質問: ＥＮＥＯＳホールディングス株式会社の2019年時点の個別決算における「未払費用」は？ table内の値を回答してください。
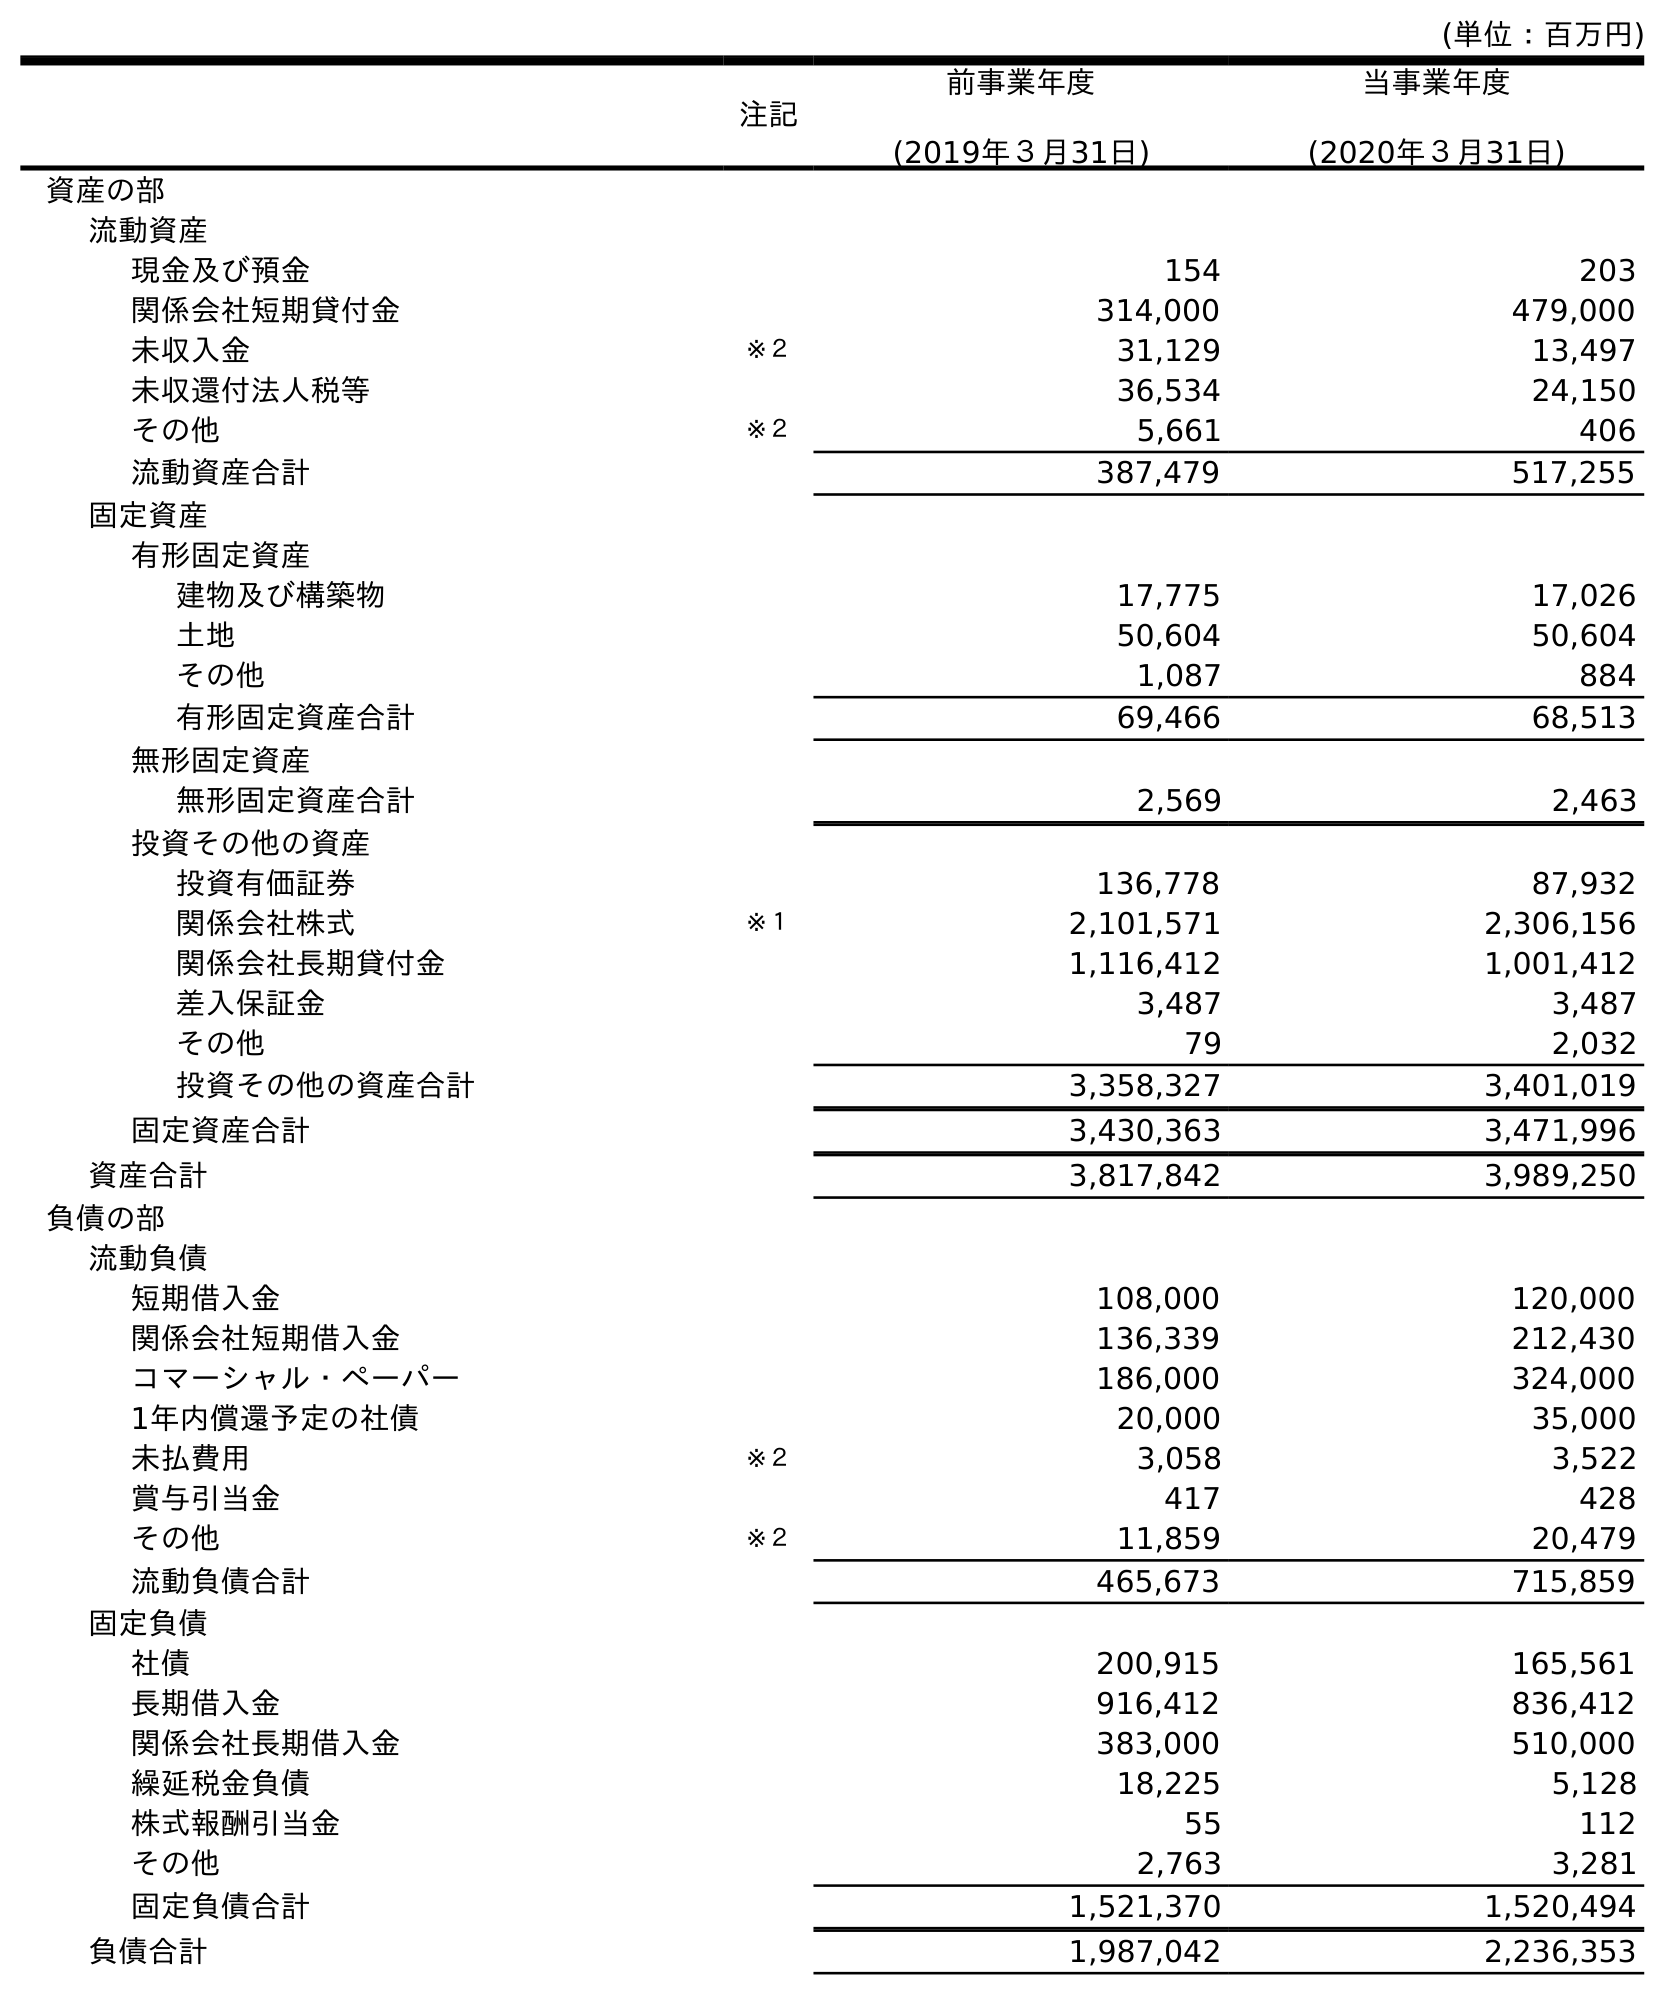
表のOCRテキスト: (単位：百万円) 注記 前事業年度 (2019年３月31日) 当事業年度 (2020年３月31日) 資産の部 流動資産 現金及び預金 154 203 関係会社短期貸付金 314,000 479,000 未収入金 ※２ 31,129 13,497 未収還付法人税等 36,534 24,150 その他 ※２ 5,661 406 流動資産合計 387,479 517,255 固定資産 有形固定資産 建物及び構築物 17,775 17,026 土地 50,604 50,604 その他 1,087 884 有形固定資産合計 69,466 68,513 無形固定資産 無形固定資産合計 2,569 2,463 投資その他の資産 投資有価証券 136,778 87,932 関係会社株式 ※１ 2,101,571 2,306,156 関係会社長期貸付金 1,116,412 1,001,412 差入保証金 3,487 3,487 その他 79 2,032 投資その他の資産合計 3,358,327 3,401,019 固定資産合計 3,430,363 3,471,996 資産合計 3,817,842 3,989,250 負債の部 流動負債 短期借入金 108,000 120,000 関係会社短期借入金 136,339 212,430 コマーシャル・ペーパー 186,000 324,000 1年内償還予定の社債 20,000 35,000 未払費用 ※２ 3,058 3,522 賞与引当金 417 428 その他 ※２ 11,859 20,479 流動負債合計 465,673 715,859 固定負債 社債 200,915 165,561 長期借入金 916,412 836,412 関係会社長期借入金 383,000 510,000 繰延税金負債 18,225 5,128 株式報酬引当金 55 112 その他 2,763 3,281 固定負債合計 1,521,370 1,520,494 負債合計 1,987,042 2,236,353
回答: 3,058